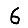
Digit: 6